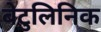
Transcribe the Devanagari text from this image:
बेटुलिनिक